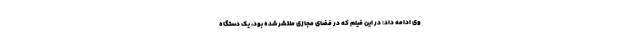
وی ادامه داد: در این فیلم که در فضای مجازی منتشر شده بود، یک دستگاه